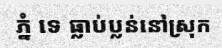
ភ្នំ ទេ ធ្លាប់ប្លន់នៅស្រុក